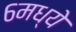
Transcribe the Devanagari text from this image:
६मध्ये